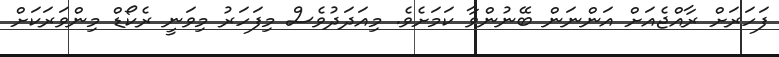
ފަހަރަށް ރާއްޖެއަށް އަންނަން ބޭނުންވާ ކަމަށެވެ. މިއަދަދުވެސް މިފަހަރު މިވަނީ ރެކޯޑް މިންވަރަކަށް